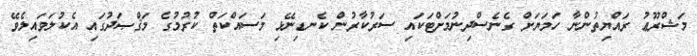
މަޝްރޫޢު ރައްޔިތުންނާ ހަމަޔަށް ގެނެސްދިނުމަށްޓަކައި ސަރުކާރުން ކެނޑިނޭޅި މަސައްކަތް ކުރުމުގެ މަޤްޞަދުގައި އެކުލަވައިލެވޭ